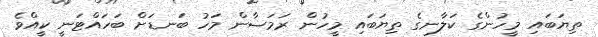
ތިޔަބައި މީހުންގެ ކަލާނގެ ތިޔަބައި މީހުން ރަމަޟާން މަހު ބަނޑަށް ބަހައްޓަނީ ކީއްވެ